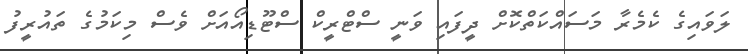
ލަވައިގެ ކެމެރާ މަސައްކަތްކޮށް ދީފައި ވަނީ ސްޓްރީކް ސްޓޫޑިއޯއަށް ވެސް މިކަމުގެ ތައުރީފު